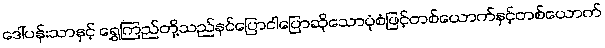
ဒေါ်ပန်းသာနှင့် ရွှေကြည်တို့သည်နင်ပြောငါပြောဆိုသောပုံစံဖြင့်တစ်ယောက်နှင့်တစ်ယောက်